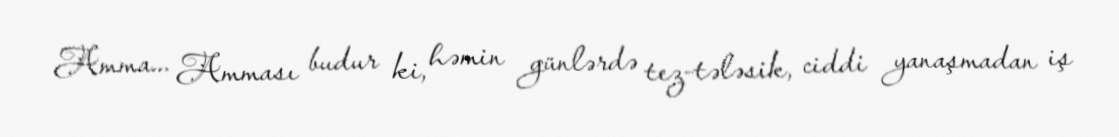
Amma... Amması budur ki, həmin günlərdə tez-tələsik, ciddi yanaşmadan iş